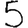
Digit: 5